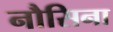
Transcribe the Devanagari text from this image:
नौसिना